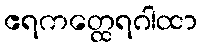
ဧရကတ္ထေရဂါထာ